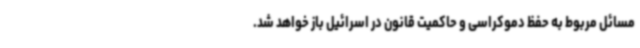
مسائل مربوط به حفظ دموکراسی و حاکمیت قانون در اسرائیل باز خواهد شد.